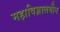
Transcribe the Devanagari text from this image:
महाविज्ञालयीन